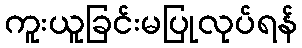
ကူးယူခြင်းမပြုလုပ်ရန်